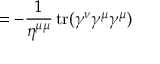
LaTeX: = - { \frac { 1 } { \eta ^ { \mu \mu } } } \operatorname { t r } ( \gamma ^ { \nu } \gamma ^ { \mu } \gamma ^ { \mu } )